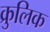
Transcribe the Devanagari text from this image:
क्रुलिक